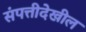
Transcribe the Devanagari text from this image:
संपत्तीदेखील